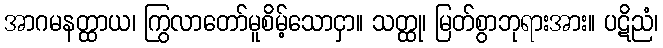
အာဂမနတ္ထာယ၊ ကြွလာတော်မူစိမ့်သောငှာ။ သတ္ထု၊ မြတ်စွာဘုရားအား။ ပဋိညံ၊